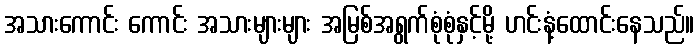
အသားကောင်း ကောင်း အသားများများ အမြစ်အရွက်စုံစုံနှင့်မို့ ဟင်းနံ့ထောင်းနေသည်။